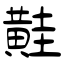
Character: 黊